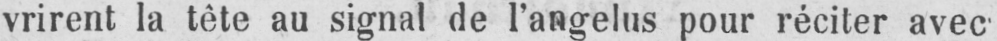
vrirent la tête au signal de l’angelus pour réciter avec-